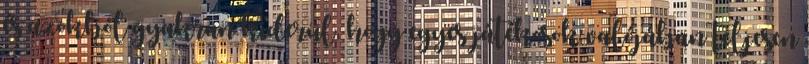
és azokból gyakran kiderül, hogy egyes játékosok valójában teljesen